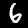
Digit: 6